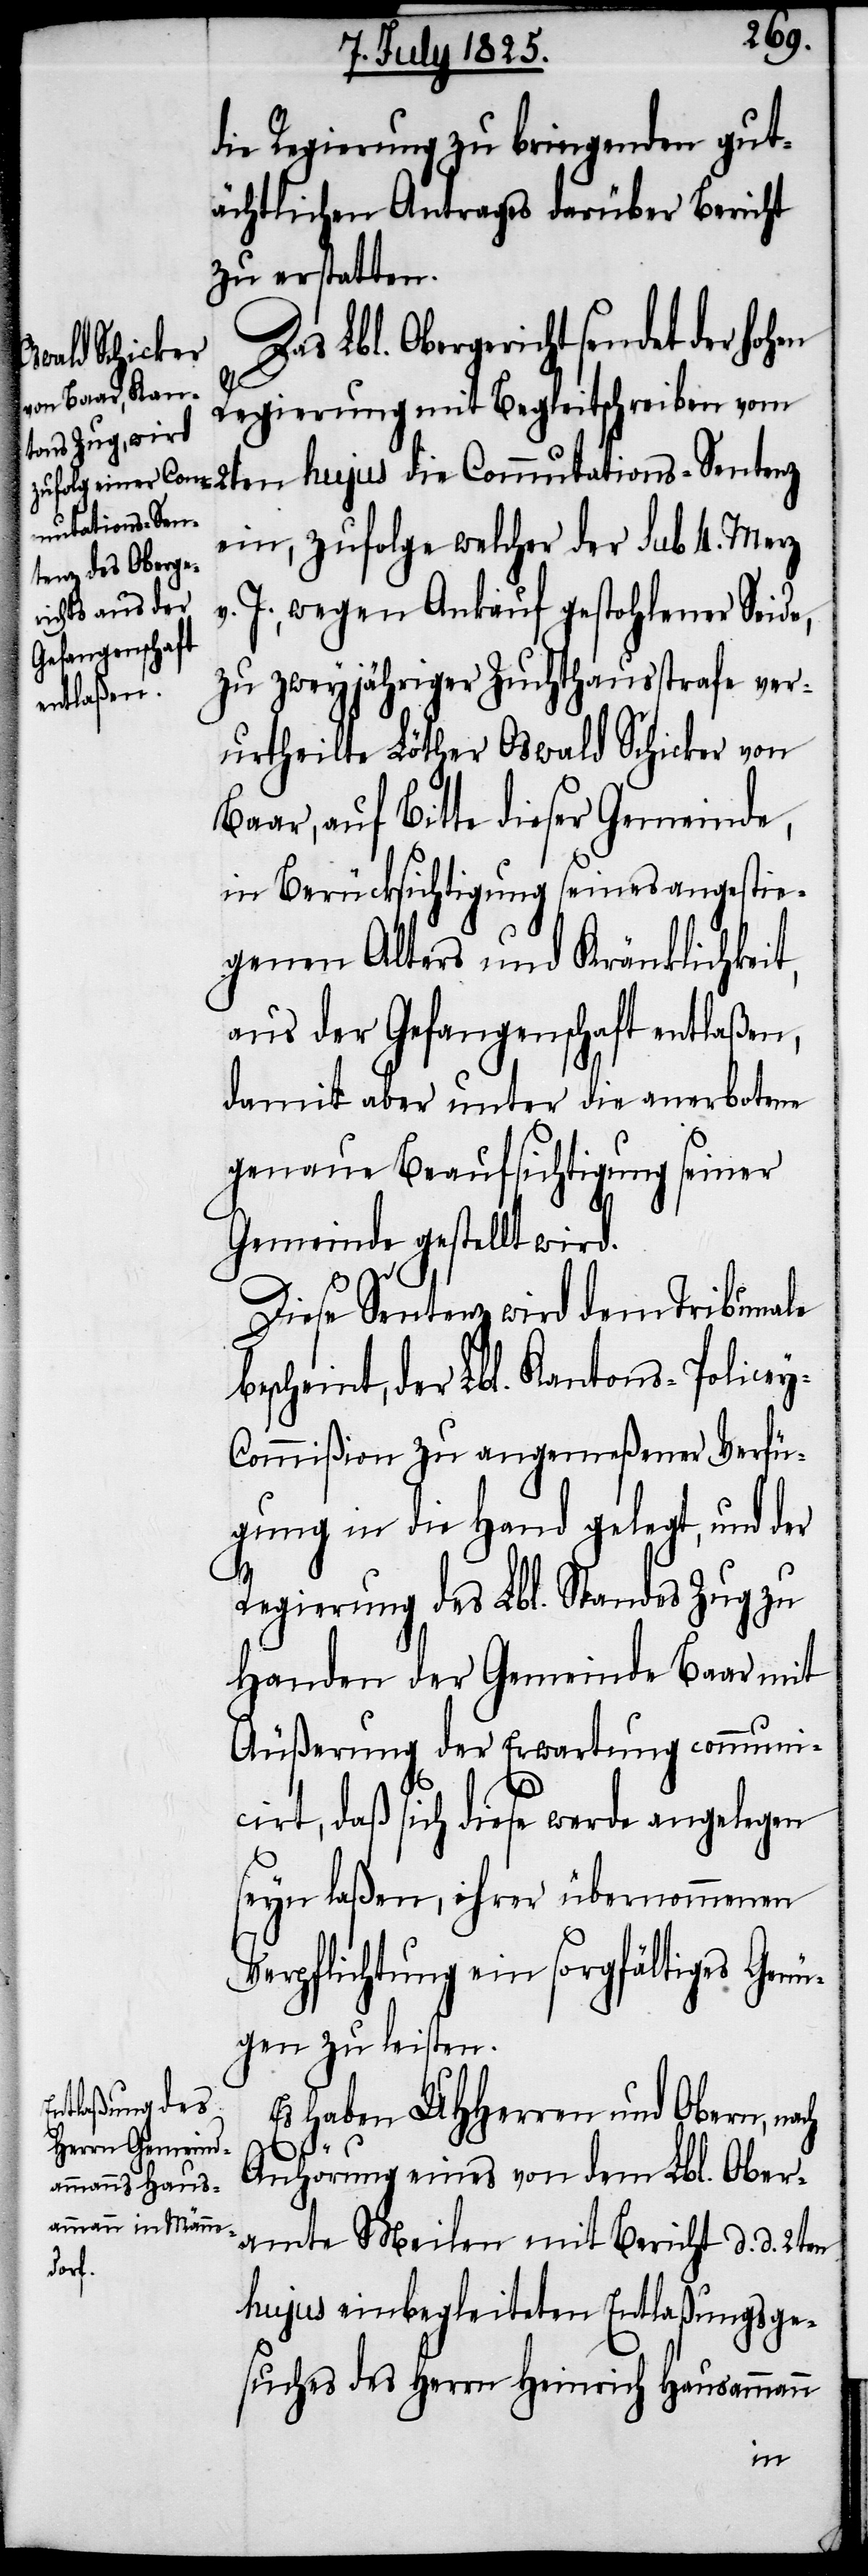
die Regierung zu bringenden gut¬
ächtlichen Antrages darüber Bericht
zu erstatten.
Lbl. Obergericht sendet der hohen
Regierung mit Begleitschreiben vom
mutations-Sent¬
ein, zufolge welcher der sub 4. Merz
J., wegen Ankauf gestohlener Seide,
zu zweyjähriger Zuchthausstrafe ver¬
urtheilte Löther Oswald Schicker von
Baar, auf Bitte dieser Gemeinde,
in Berücksichtigung seines angestie¬
genen Alters und Kränklichkeit,
aus der Gefangenschaft entlaßen,
damit aber unter die anerbotene
genaue Beaufsichtigung seiner
Gemeinde gestellt wird.
Diese Sentenz wird dem Tribunale
bescheint, der Lbl. Kantons-Police¬
y-Commißion zu angemeßener Verfü¬
gung in die Hand gelegt, und der
Regierung des Lbl. Standes Zug zu
Handen der Gemeinde Baar mit
Äußerung der Erwartung communi¬
cirt, daß sich diese werde angelegen
seyn laßen, ihrer übernommenen
Verpflichtung ein sorgfältiges Genü¬
gen zu leisten.
Es haben UHHerren und Obern, nach
Anhörung eines von dem Lbl. Ober¬
amte Meilen mit Bericht d. d. 2ten
hujus einbegleiteten Entlaßungsge¬
suches des Herrn Heinrich Hausammann
enz